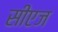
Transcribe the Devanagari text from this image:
सीएज